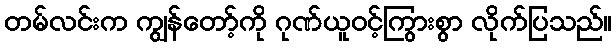
တမ်လင်းက ကျွန်တော့်ကို ဂုဏ်ယူဝင့်ကြွားစွာ လိုက်ပြသည်။